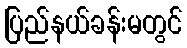
ပြည်နယ်ခန်းမတွင်